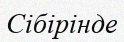
Сібірінде